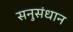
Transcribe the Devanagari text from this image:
सनुसंधान